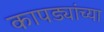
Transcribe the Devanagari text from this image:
कापड्यांच्या